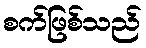
စက်ဖြစ်သည်